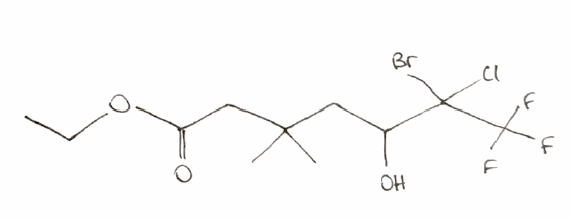
Simplified molecular-input line-entry system (SMILES) notation of the given molecule:
CCOC(=O)CC(C)(C)CC(C(C(F)(F)F)(Cl)Br)O